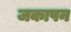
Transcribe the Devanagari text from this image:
जकापन